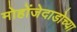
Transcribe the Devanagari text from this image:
मोहोंजेदाडोच्या